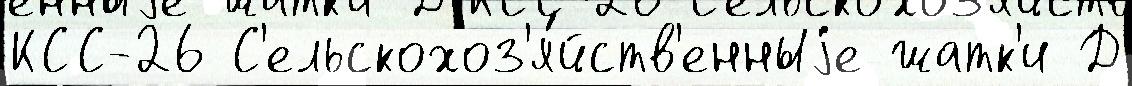
КСС-26 С'ельскохоз'я́йств'енныjе жатк'и Д